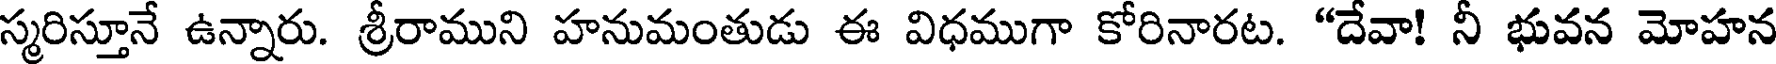
స్మరిస్తూనే ఉన్నారు. శ్రీరాముని హనుమంతుడు ఈ విధముగా కోరినారట. "దేవా! నీ భువన మోహన